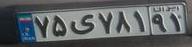
۷۵ی۷۸۱۹۱